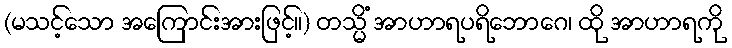
(မသင့်သော အကြောင်းအားဖြင့်။) တသ္မိံ အာဟာရပရိဘောဂေ၊ ထို အာဟာရကို